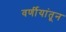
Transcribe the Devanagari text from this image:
वर्णीयांतून